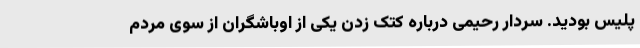
پلیس بودید. سردار رحیمی درباره کتک زدن یکی از اوباشگران از سوی مردم